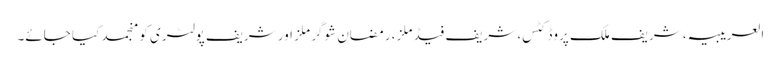
العریبیہ، شریف ملک پروڈکٹس، شریف فیڈ ملز، رمضان شوگر ملز اور شریف پولٹری کو منجمد کیا جائے۔